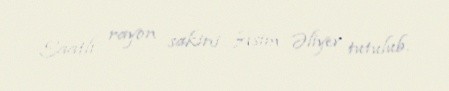
Saatlı rayon sakini Asim Əliyev tutulub.